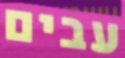
עבים